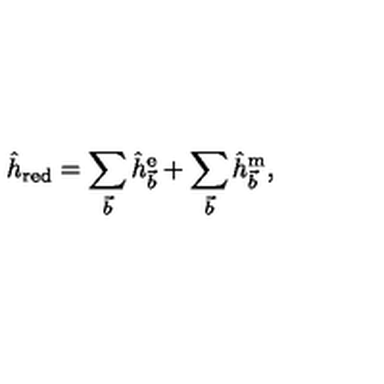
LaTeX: \hat { h } _ { \mathrm { r e d } } = \sum _ { \vec { b } } \hat { h } _ { \vec { b } } ^ { \mathrm { e } } + \sum _ { \vec { b } } \hat { h } _ { \vec { b } } ^ { \mathrm { m } } ,